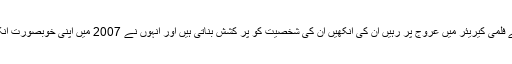
ہیمامالنی بالی ووڈ کی ڈریم گرل اور ماضی کی اداکارہ ہیما مالنی اپنے فلمی کیریئر میں عروج پر رہیں ان کی آنکھیں ان کی شخصیت کو پر کشش بناتی ہیں اور انہوں نے 2007 میں اپنی خوبصورت آنکھوں کو بصارت سے محروم افراد کے لیے عطیہ کرنے کا وعدہ کیا۔